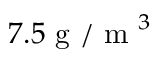
7 . 5 \mathrm { ~ g ~ / ~ m ~ } ^ { 3 }